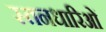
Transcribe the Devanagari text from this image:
स्तनधारिओं